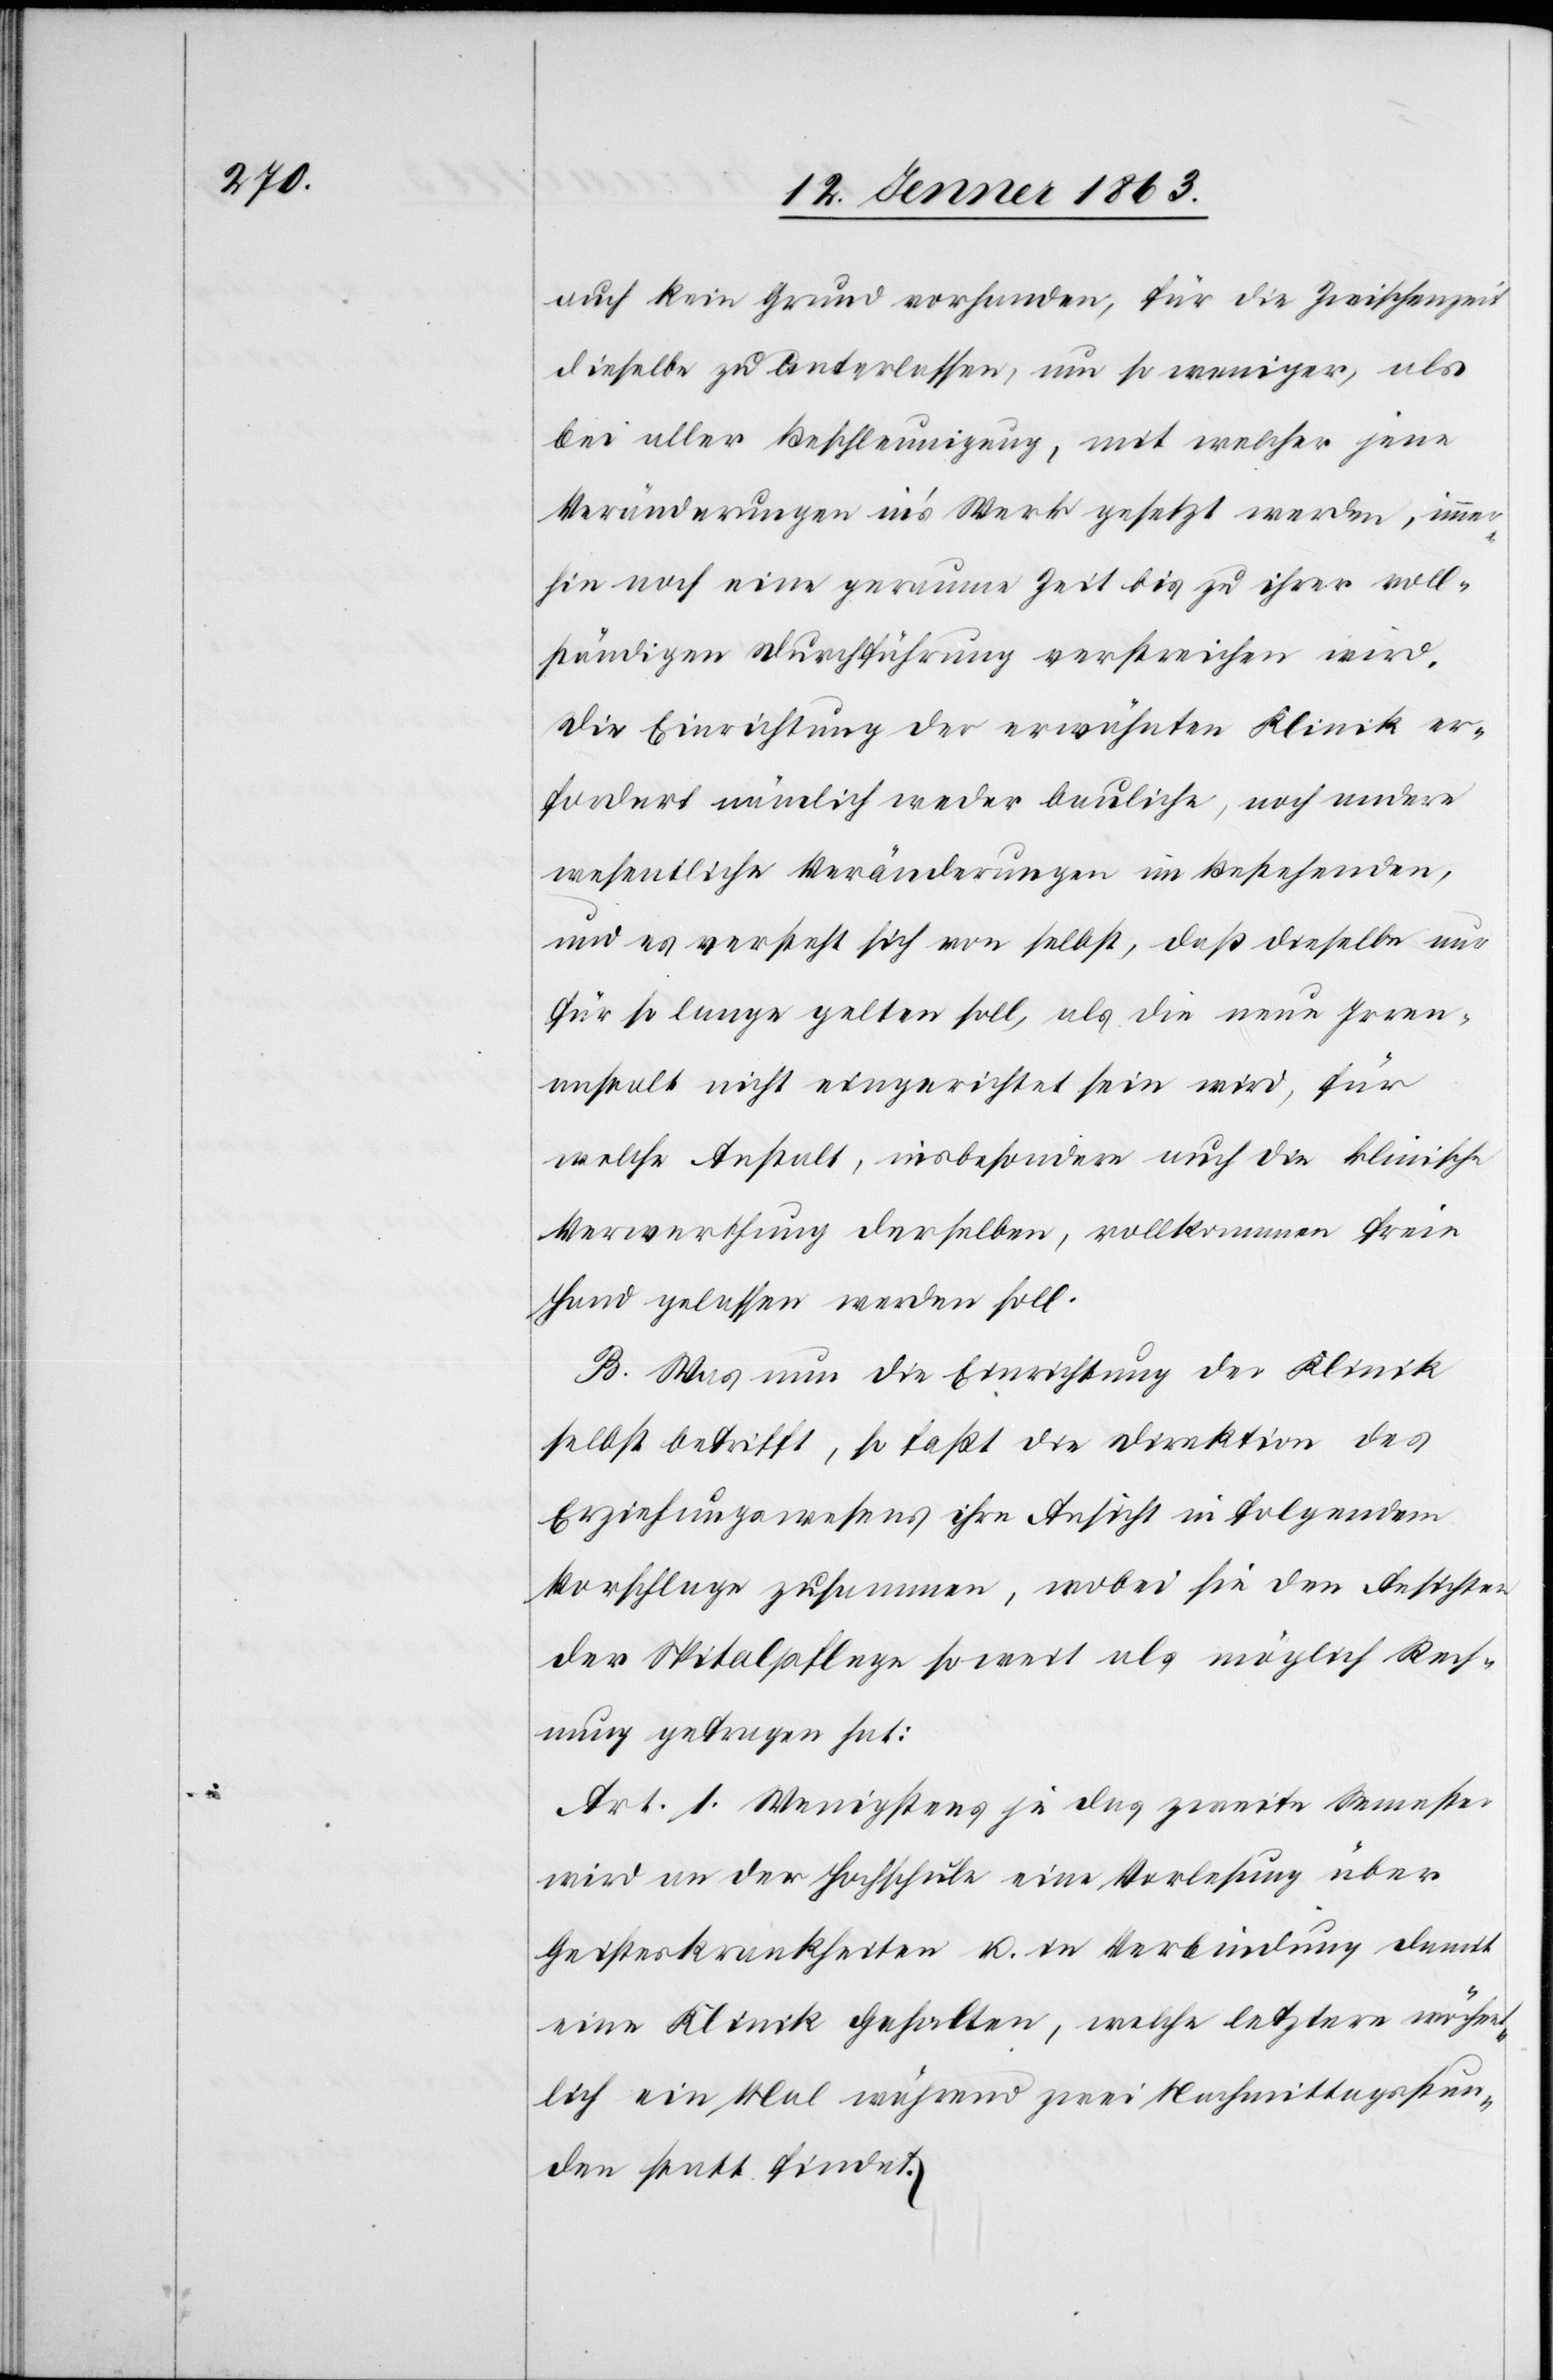
auch kein Grund vorhanden, für die Zwischenzeit
dieselbe zu unterlassen, um so weniger, als
bei aller Beschleunigung, mit welcher jene
Veränderungen in's Werk gesetzt werden, immer¬
hin noch eine geraume Zeit bis zu ihrer voll¬
ständigen Durchführung verstreichen wird.
Die Einrichtung der erwähnten Klinik er¬
fordert nämlich weder bauliche, noch andere
wesentliche Veränderungen im Bestehenden,
und es versteht sich von selbst, daß dieselbe nur
für so lange gelten soll, als die neue Irren¬
anstalt nicht eingerichtet sein wird, für
welche Anstalt, insbesondere auch die klinische
Verwerthung derselben, vollkommen freie
Hand gelassen werden soll.
B. Was nun die Einrichtung der Klinik
selbst betrifft, so faßt die Direktion des
Erziehungswesens ihre Ansicht in folgendem
Vorschlage zusammen, wobei sie den Ansichten
der Spitalpflege soweit als möglich Rech¬
nung getragen hat:
Art. 1. Wenigstens je das zweite Semester
wird an der Hochschule eine Vorlesung über
Geisteskrankheiten u. in Verbindung damit
eine Klinik gehalten, welche letztere wöchent¬
lich ein Mal während zwei Nachmittagsstun¬
den statt findet.